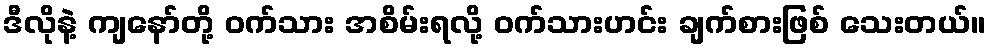
ဒီလိုနဲ့ ကျနော်တို့ ဝက်သား အစိမ်းရလို့ ဝက်သားဟင်း ချက်စားဖြစ် သေးတယ်။